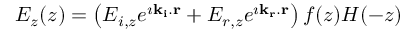
E _ { z } ( z ) = \left( E _ { i , z } e ^ { \imath { \bf k _ { i } } . { \bf r } } + E _ { r , z } e ^ { \imath { \bf k _ { r } } . { \bf r } } \right) f ( z ) H ( - z )